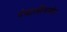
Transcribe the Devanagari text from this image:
पंचालींसमोर